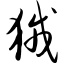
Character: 狨